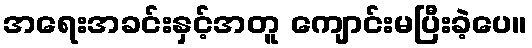
အရေးအခင်းနှင့်အတူ ကျောင်းမပြီးခဲ့ပေ။